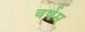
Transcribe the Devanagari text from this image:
वर्षम